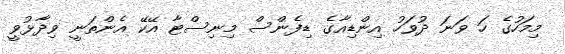
މިމަހުގެ ހަ ވަނަ ދުވަހު އިންޑިއާގެ ޑިފެންސް މިނިސްޓާ އޭކޭ އެންތަނީ ވިދާޅުވީ